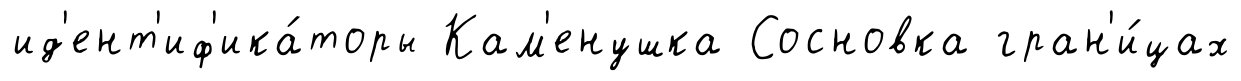
ид'ент'иф'ика́торы Кам'енушка Сосновка гран'и́цах